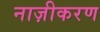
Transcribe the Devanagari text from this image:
नाज़ीकरण